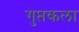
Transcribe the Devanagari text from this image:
गुप्तकला